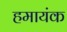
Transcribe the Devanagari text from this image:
हमायंक